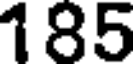
185